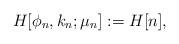
LaTeX: \begin{align*}H[\phi_n, k_n;\mu_n] := H[n],\end{align*}